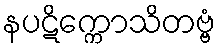
နပဋိက္ကောသိတဗ္ဗံ